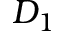
D _ { 1 }